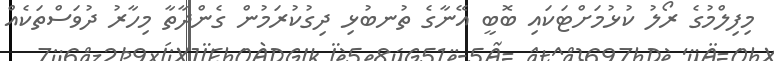
މިފިލްމުގެ ރޯލު ކުޅުމަށްޓަކައި ބޮބީ އޭނާގެ ތުނބުޅި ދިގުކުރަމުން ގެންދާތާ މިހާރު ދުވަސްތަކެއް